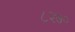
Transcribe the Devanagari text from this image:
८२७०